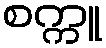
စက္ကူ